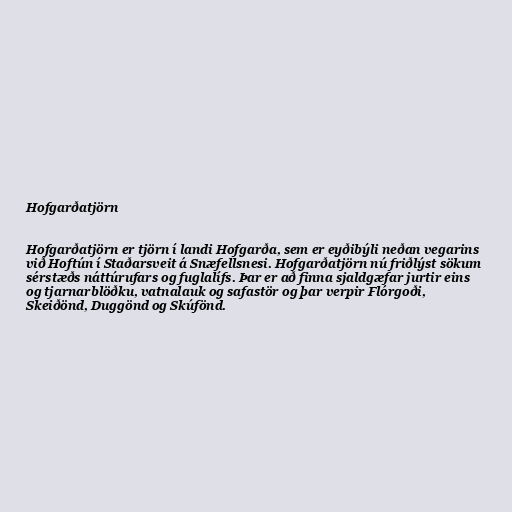
Hofgarðatjörn

Hofgarðatjörn er tjörn í landi Hofgarða, sem er eyðibýli neðan vegarins
við Hoftún í Staðarsveit á Snæfellsnesi. Hofgarðatjörn nú friðlýst sökum
sérstæðs náttúrufars og fuglalífs. Þar er að finna sjaldgæfar jurtir eins
og tjarnarblöðku, vatnalauk og safastör og þar verpir Flórgoði,
Skeiðönd, Duggönd og Skúfönd.